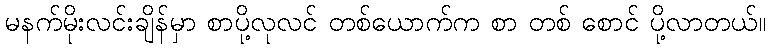
မနက်မိုးလင်းချိန်မှာ စာပို့လုလင် တစ်ယောက်က စာ တစ် စောင် ပို့လာတယ်။